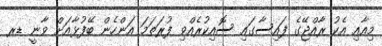
މިއާއި އެކު ރާއްޖޭގެ ފައިސާގައި ސޮއިކުރެއްވި ފުރަތަމަ އަންހެން ބޭފުޅާއަށް ވާނީ ޑރ